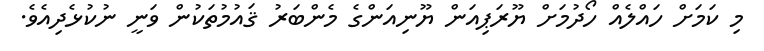
މި ކަމަށް ހައްލެއް ހޯދުމަށް ޔޫރަޕިއަން ޔޫނިއަންގެ މެންބަރު ޤައުމުތަކުން ވަނީ ނުކުޅެދިއެވެ.